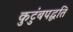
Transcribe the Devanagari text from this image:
कुटुंबपद्धति